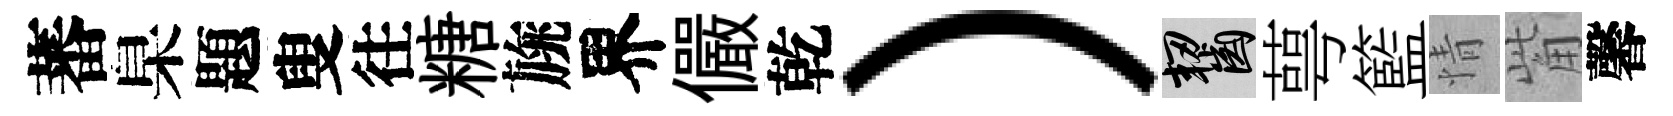
蕃臬題叟往糖旐界儼乾）齧萼籃情觜馨